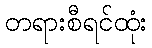
တရားစီရင်ထုံး